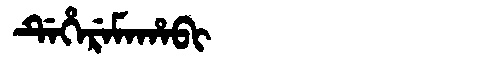
Manchu: ᡩᡝᡥᡝᡵᡝᠮᠠᡥᠠᠪᡳ
Romanization: DEHEREMAHABI